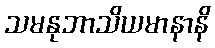
သမနုဘာသိယမာနာနိ